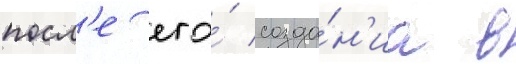
посл'е его́ созда́н'иа в